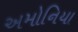
અમોનિયા